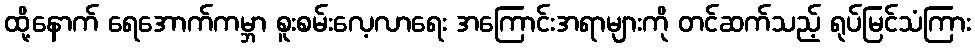
ထို့နောက် ရေအောက်ကမ္ဘာ စူးစမ်းလေ့လာရေး အကြောင်းအရာများကို တင်ဆက်သည့် ရုပ်မြင်သံကြား